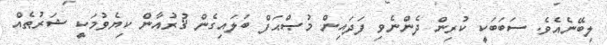
ލިބޭނެއެވެ. ސަބަބަކީ ކުރިން ދެންނެވި ފަދައިން މުޞްޙަފް ބަލައިގެން ޤުރުއާން ކިޔެވުމަކީ ޝަރުޠެއް